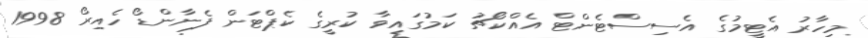
މިހާރު އެޓީމުގެ އެސިސްޓެންޓް އެއްކޯޗު ކަމުގައިވާ ކުރީގެ ކެޕްޓަން ފެނާންޑޯ ހެއިރޯ 1998